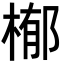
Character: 㮋